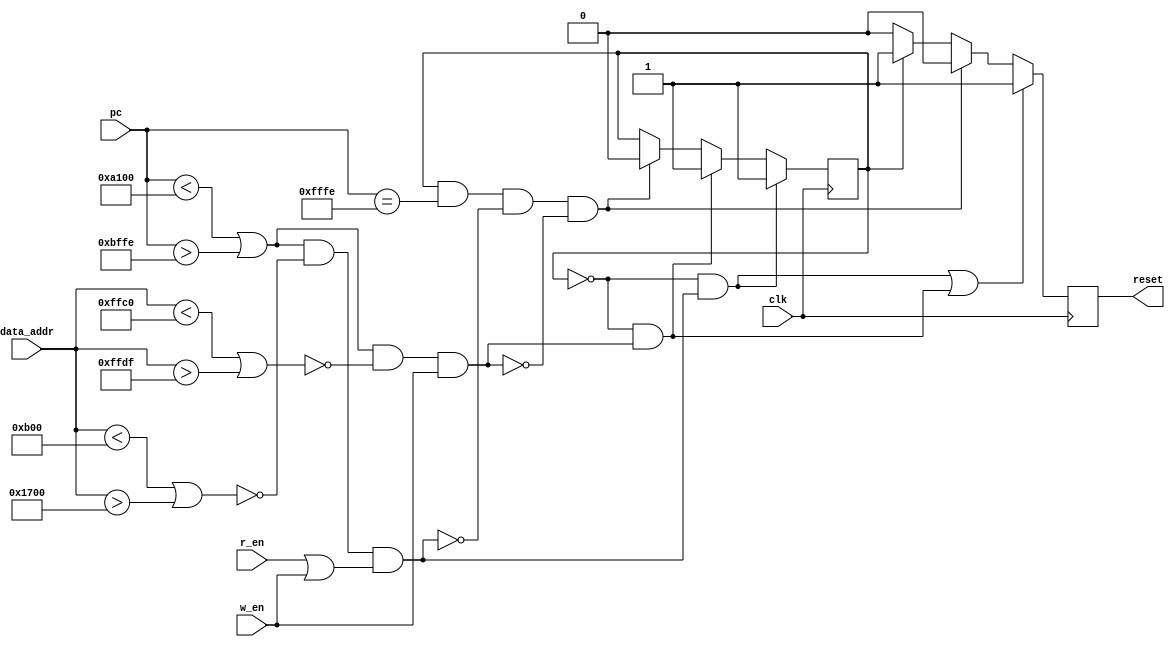
module  X_stack (
    clk,
    pc,
    data_addr,
    r_en,
    w_en,
    //pc_en,

    reset
);

input		clk;
input   [15:0]  pc;
//input		pc_en;
input   [15:0]  data_addr;
input           r_en;
input           w_en;
output          reset;

// MACROS ///////////////////////////////////////////
parameter SDATA_BASE = 16'hb00;
parameter SDATA_SIZE = 16'hC00;
//
parameter HMAC_BASE = 16'h1800;
parameter HMAC_SIZE = 16'h0020;
//
parameter SMEM_BASE = 16'hA100;
parameter LAST_SMEM_ADDR = 16'hBFFE;
parameter SMEM_SIZE = LAST_SMEM_ADDR - SMEM_BASE;
//
parameter KMEM_BASE = 16'h6A00;
parameter KMEM_SIZE = 16'h001F;

parameter INTR_BASE = 16'h0160; //16'h0130;
parameter INTR_SIZE = 16'h001F; //16'h00D0;

parameter CTR_BASE = 16'hFFC0;
parameter CTR_SIZE = 16'h001F;

parameter UART_BASE = 16'h0080;
parameter UART_SIZE = 16'h0005;

parameter LEDS = 16'h0019;
/////////////////////////////////////////////////////


parameter RESET_HANDLER = 16'hfffe;
parameter RUN  = 1'b0, KILL = 1'b1;
//-------------Internal Variables---------------------------
reg             state;
reg             key_res;
//

initial
    begin
        state = RUN;
        key_res = 1'b0;
    end

wire pc_not_in_srom = pc < SMEM_BASE || pc > LAST_SMEM_ADDR;
wire pc_in_srom = !pc_not_in_srom;

wire daddr_not_in_sdata = data_addr < SDATA_BASE || data_addr > SDATA_BASE + SDATA_SIZE;// -1;
wire daddr_in_sdata = !daddr_not_in_sdata;

wire daddr_not_in_krom = data_addr < KMEM_BASE || data_addr > KMEM_BASE + KMEM_SIZE;// -1;
wire daddr_in_krom = !daddr_not_in_krom;

wire daddr_not_in_HMAC = data_addr < HMAC_BASE || data_addr > HMAC_BASE + HMAC_SIZE;// -1;
wire daddr_in_HMAC = !daddr_not_in_HMAC;

wire daddr_not_in_ctr = data_addr < CTR_BASE || data_addr > CTR_BASE + CTR_SIZE;// -1;
wire daddr_in_ctr = !daddr_not_in_ctr;

// wire daddr_not_in_UART = data_addr < UART_BASE || data_addr > UART_BASE + UART_SIZE;
// wire daddr_not_in_LEDs = data_addr != LEDS;

wire violation1 = pc_not_in_srom && daddr_in_sdata && (r_en || w_en);
//wire violation2 = pc_in_srom && w_en && daddr_not_in_sdata && daddr_not_in_HMAC && daddr_not_in_ctr;// && daddr_not_in_UART && daddr_not_in_LEDs;
wire violation2 = 0;
wire violation3 = pc_not_in_srom && daddr_in_ctr && w_en;

// State transition logic//////
always @(posedge clk)
if(state == RUN && violation1)
    state <= KILL;
else if (state == RUN && violation2)
    state <= KILL;
else if (state == RUN && violation3)
    state <= KILL;
else if (state == KILL && (pc == RESET_HANDLER) && !violation1 && !violation2 && !violation3)
    state <= RUN;
else state <= state;
//////////////////////////////

// Output logic //////////////
always @(posedge clk)
if( 
    (state == RUN && violation1) ||
    (state == RUN && violation2) ||
    (state == RUN && violation3)
)
    key_res <= 1'b1;
else if (state == KILL && pc == RESET_HANDLER && !violation1 && !violation2 && !violation3)
    key_res <= 1'b0;
else if (state == KILL)
    key_res <= 1'b1;
else
    key_res <= 1'b0;

/////////////////////////////

assign reset = key_res;

endmodule